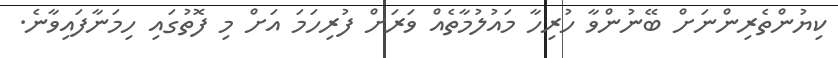
ކިޔުންތެރިންނަށް ބޭނުންވާ ހުރިހާ މައުލުމާތެއް ވަރަށް ފުރިހަމަ އަށް މި ފޮތުގައި ހިމަނާފައިވާނެ.